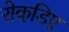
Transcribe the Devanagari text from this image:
रोकडि़ए